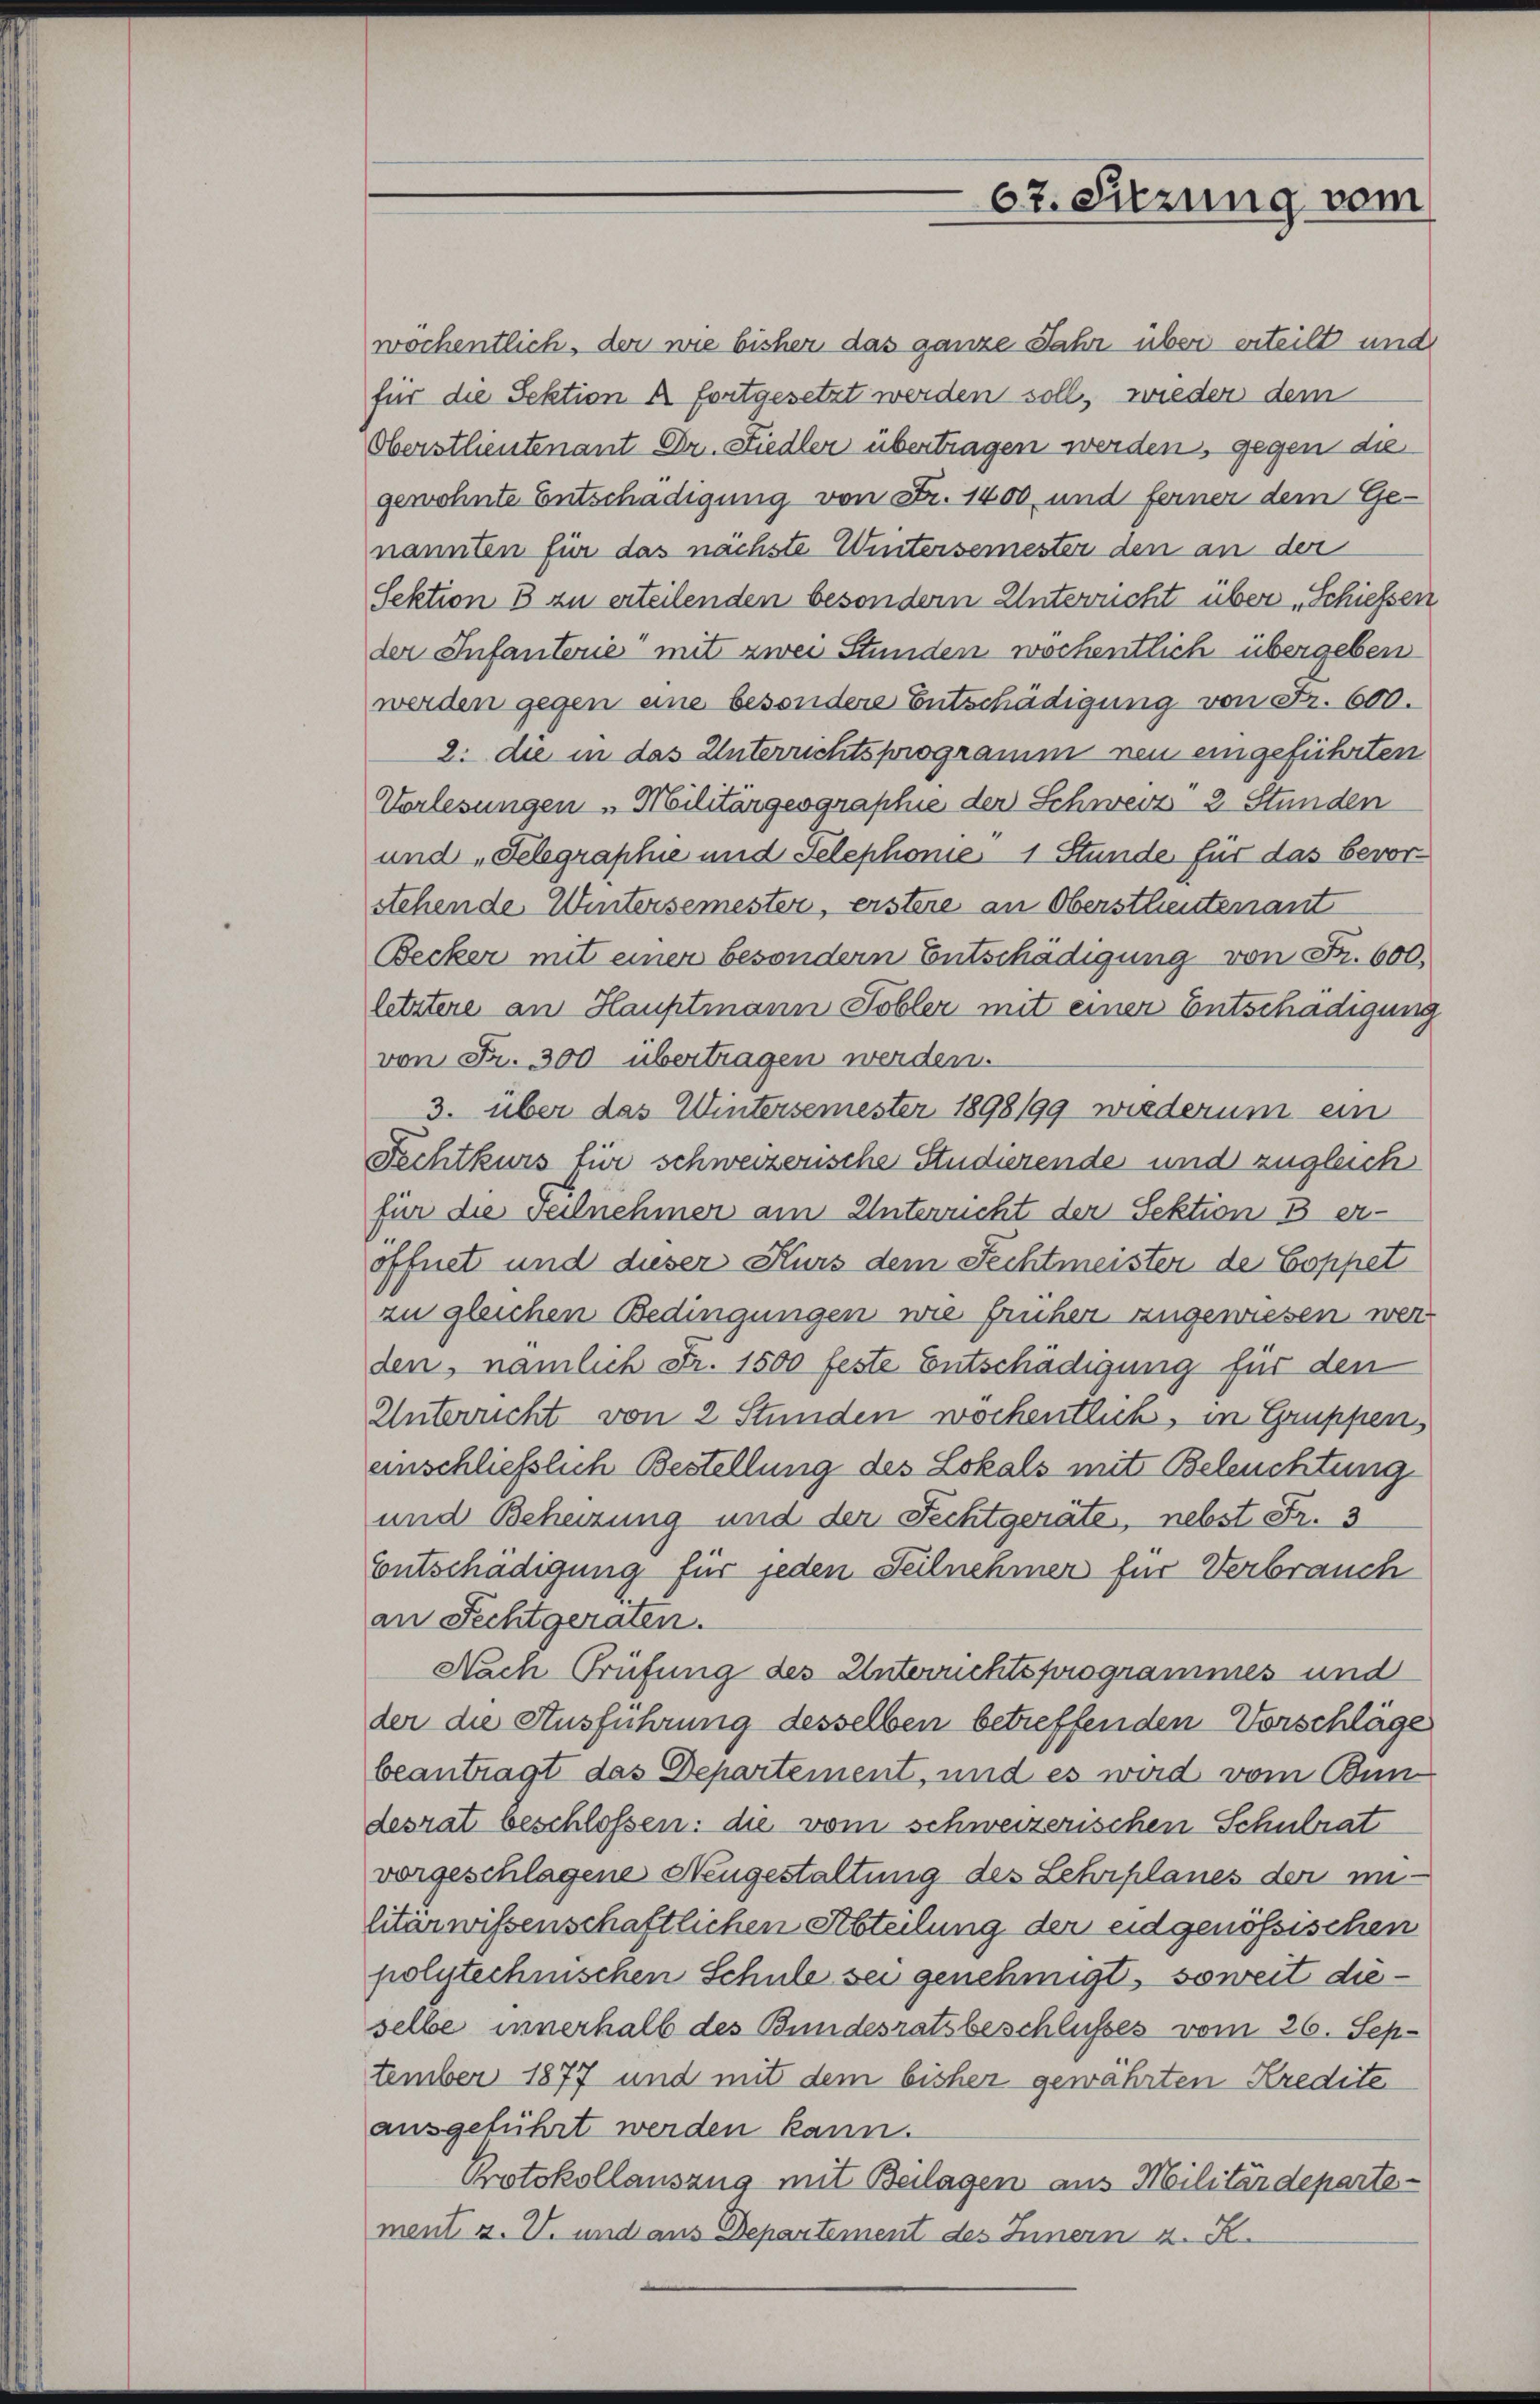
67. Sitzung vom

wöchentlich, der wie bisher das ganze Jahr über erteilt und
für die Sektion à fortgesetzt werden soll, wieder dem
Oberstlieutenant Dr. Siedler übertragen werden, gegen die
gewohnte Entschädigung von Str. 1400 und ferner dem Ge-
nannten für das nächste Wintersemester den an der
Sektion 3 zu erteilenden besondern Unterricht über „Schiessen
der Infanterie mit zwei Stunden wöchentlich übergeben
werden gegen eine besondere Entschädigung von Fr. 600.
2. die in das Unterrichtsprogramm neu eingeführten
Vorlesungen Militärgeographie der Schweiz 8 Stunden
und „Felegraphie und Telephonie 1 Stunde für das bevorstehende Wintersemester, erstere an Oberstleutenant
Becker mit einer besondern Entschädigung von Fr. 600,
letztere an Hauptmann Tobler mit einer Entschädigung
von Fr. 300 übertragen werden.
3. über das Wintersemester 1898/99 wiederum ein
Fechtkurs für schweizerische Studierende und zugleich
für die veilnehmen am Unterricht der Sektion B er-
öffnet und dieser Kurs dem Fechtmeister de Coppet
zu gleichen Bedingungen wie früher angewiesen werden, nämlich Fr. 1500 feste Entschädigung für den
Unterricht von 2 Stunden wochentlich, in Gruppen,
anschließlich Bestellung des Lokals mit Beleuchtung
und Beheizung und der Fechtgeräte, nebst Fr. 3
Entschädigung für jeden Teilnehmer für Verbrauch
an Fechtgeraten.
Nach Prüfung des Unteruchtsprogrammes und
der die Ausführung desselben betreffenden Vorschläge
beantragt das Departement, und es wird vom Bun
desrat beschlossen: die vom schweizerischen Schulrat
vorgeschlagene Neugestaltung des Lehrplanes der inlitär wissenschaftlichen Abteilung der eidgenössischen
polytechnischen Schule sei genehmigt, soweit dieselbe innerhalb des Bundesratsbeschlußes vom 26. September 1877 und mit dem bisher gewährten Kredite
ausgeführt werden kann.
Protokollauszug mit Beilagen aus Militärdeparte-
ment u. V. und aus Departement des Innern z. B.